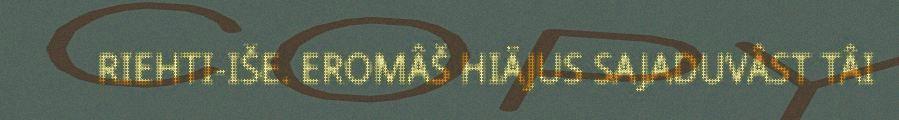
RIEHTI-IŠE. EROMÂŠ HIÄJUS SAJADUVÂST TÂI